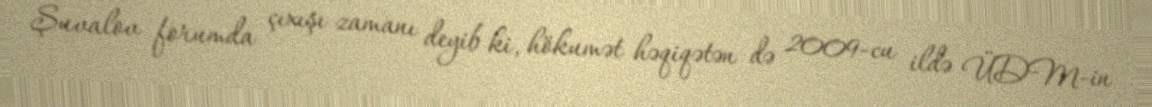
Şuvalov forumda çıxışı zamanı deyib ki, hökumət həqiqətən də 2009-cu ildə ÜDM-in